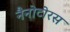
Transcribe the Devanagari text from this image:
नैनोटोरस